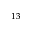
^ { 1 3 }